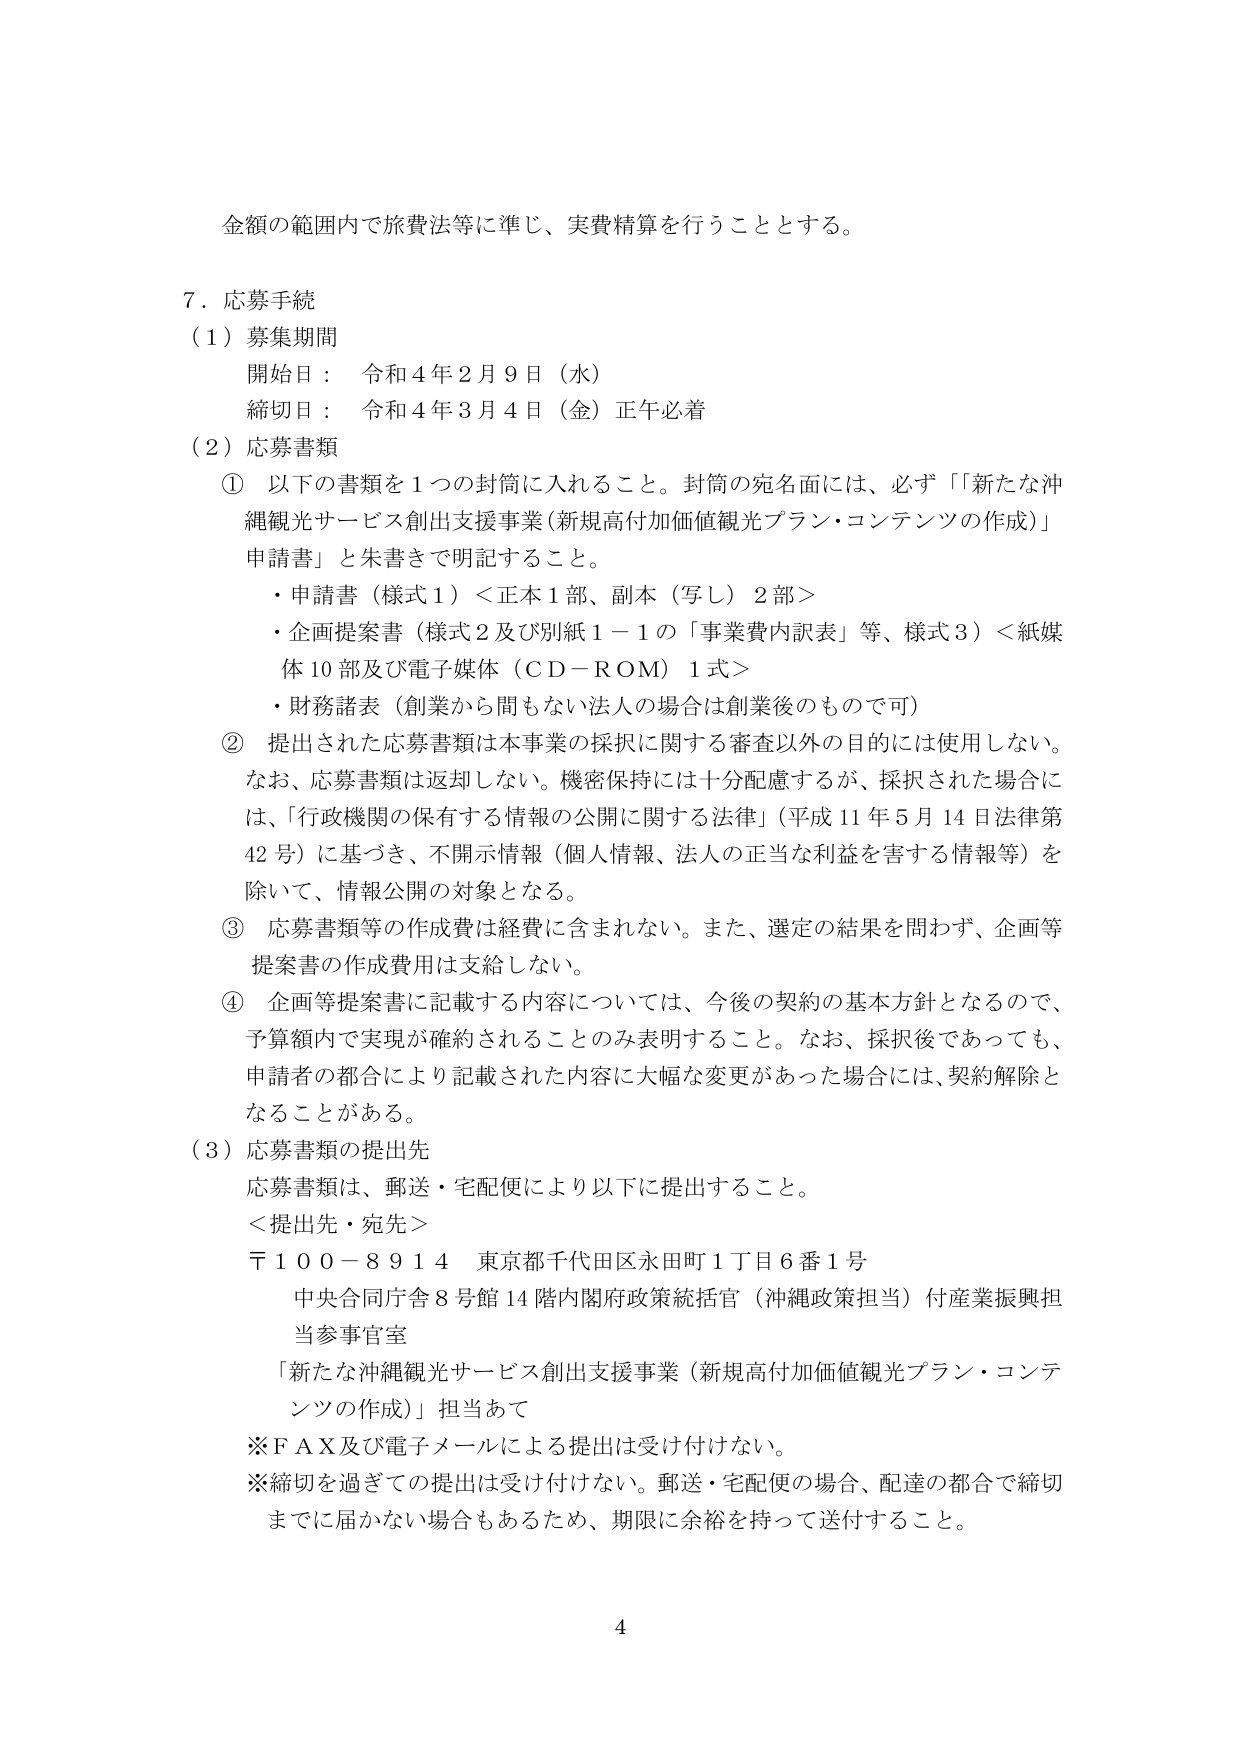
金額の範囲内で旅費法等に準じ、実費精算を行うこととする。

７．応募手続
（１）募集期間
　開始日：　令和４年２月９日（水）
　締切日：　令和４年３月４日（金）正午必着
（２）応募書類
　①　以下の書類を１つの封筒に入れること。封筒の宛名面には、必ず「『新たな沖縄観光サービス創出支援事業（新規高付加価値観光プラン・コンテンツの作成）』申請書」と朱書きで明記すること。
　　・申請書（様式１）＜正本１部、副本（写し）２部＞
　　・企画提案書（様式２及び別紙１－１の「事業費内訳表」等、様式３）＜紙媒体10部及び電子媒体（ＣＤ－ＲＯＭ）１式＞
　　・財務諸表（創業から間もない法人の場合は創業後のもので可）
　②　提出された応募書類は本事業の採択に関する審査以外の目的には使用しない。なお、応募書類は返却しない。機密保持には十分配慮するが、採択された場合には、「行政機関の保有する情報の公開に関する法律」（平成11年5月14日法律第42号）に基づき、不開示情報（個人情報、法人の正当な利益を害する情報等）を除いて、情報公開の対象となる。
　③　応募書類等の作成費は経費に含まれない。また、選定の結果を問わず、企画等提案書の作成費用は支給しない。
　④　企画等提案書に記載する内容については、今後の契約の基本方針となるので、予算額内で実現が確約されることのみ表明すること。なお、採択後であっても、申請者の都合により記載された内容に大幅な変更があった場合には、契約解除となることがある。
（３）応募書類の提出先
　応募書類は、郵送・宅配便により以下に提出すること。
　＜提出先・宛先＞
　〒１００－８９１４　東京都千代田区永田町１丁目６番１号
　　中央合同庁舎８号館14階内閣府政策統括官（沖縄政策担当）付産業振興担当参事官室
　　「新たな沖縄観光サービス創出支援事業（新規高付加価値観光プラン・コンテンツの作成）」担当あて
　※ＦＡＸ及び電子メールによる提出は受け付けない。
　※締切を過ぎての提出は受け付けない。郵送・宅配便の場合、配達の都合で締切までに届かない場合もあるため、期限に余裕を持って送付すること。

４